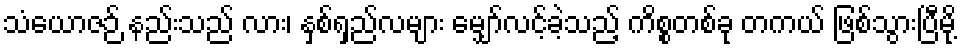
သံယောဇဉ် နည်းသည် လား၊ နှစ်ရှည်လများ မျှော်လင့်ခဲ့သည့် ကိစ္စတစ်ခု တကယ် ဖြစ်သွားပြီမို့